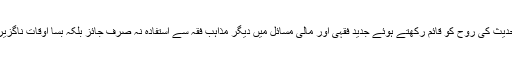
لہٰذا قرآن و حدیث کی روح کو قائم رکھتے ہوئے جدید فقہی اور مالی مسائل میں دیگر مذاہبِ فقہ سے استفادہ نہ صرف جائز بلکہ بسا اوقات ناگزیر ہوجاتا ہے۔